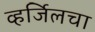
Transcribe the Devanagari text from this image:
व्हर्जिलचा